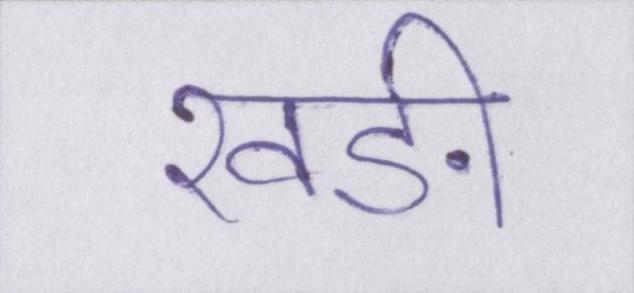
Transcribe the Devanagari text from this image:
खङी